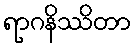
ရာဂနိဿိတာ